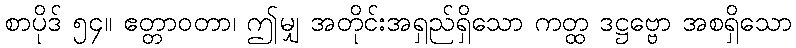
စာပိုဒ် ၅၄။ ဧတ္တာဝတာ၊ ဤမျှ အတိုင်းအရှည်ရှိသော ကတ္ထ ဒဋ္ဌဗ္ဗော အစရှိသော